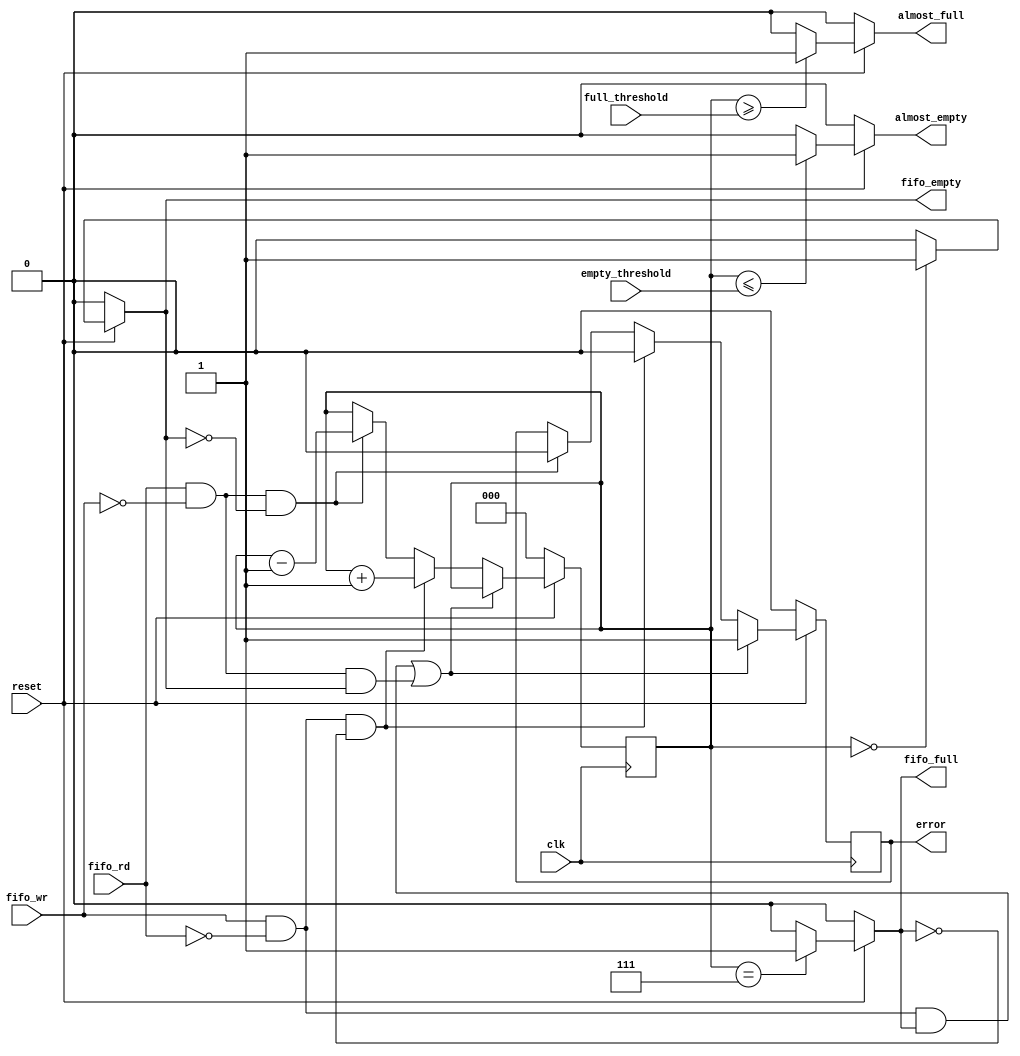
/*Proyecto 2
Circuitos Digitales 2
Descripcion: modulo de control del fifo, indica si la memoria esta casi llena o vacia y entrega una senal de error en caso de rebase*/

//Modulo de control
module control_logic 
#(
    parameter MEM_SIZE = 8,   //Tamano de memoria
    parameter WORD_SIZE = 10,   //Cantidad de bits de una palabra
    parameter PTR = 3        //Cantidad de bits para representar el numero de celdas de memoria en binario
)
(
    input [PTR-1:0] full_threshold,  //Umbral para indicar cuando esta casi lleno
    input [PTR-1:0] empty_threshold, //Umbral para indicar cuando esta casi vacio
    input fifo_rd,                    //Senal para permitir lectura
    input fifo_wr,                    //Senal para permitir escritura
    input clk,                        
    input reset,                       
    output reg error,               // Senal de error para indicar rebase o lectura vacia
    output reg almost_empty,        // Bandera de warning cuando la memoria esta casi vacia
    output reg almost_full,         //Bandera de warning cuando la memoria esta casi llena
    output reg fifo_full,            //Bandera de memoria llena
    output reg fifo_empty);         //Bandera de memoria vacia

//Contador interno de celdas llenas 
reg [PTR-1:0] counter;

always @(*) begin
    if (reset) begin
        //Se realiza el control de la senal de almost_full, en el caso que hayan mas 
        //datos almacenados en memoria que lo que indica el umbral
        if (counter >= full_threshold) begin
            almost_full <= 1;       //Poner en alto la bandera de casi lleno si el contador es igual o mayor
        end 
        else begin
            almost_full <= 0;       //Si el contador es menor que umbral, no enceder la bandera
        end
        //Se realiza el control para el caso que hayan menos datos almacenados en memoria
        //que los indicados por el umbral de vacio
        if (counter <= empty_threshold) begin
            almost_empty <= 1;      //Si el contador es menor que el umbral de vacio, poner la bandera alto
        end 
        else begin
            almost_empty <= 0;      //Si el contador es mayor que el umbral de vacio, poner la bandera en bajo
        end
    end
    else begin
        almost_empty <= 0;          //Valores default
        almost_full <= 0;
    end
end


always @ (posedge clk) begin
    if (!reset) begin           // Valores default
        counter <= 0;
        error <= 0;
    end 
    else begin                   
        //En esta etapa se realiza el control del error, asi como del contador que administra 
        //la cantidad de datos almacenados en memoria. Ademas se lleva el control de las senales 
        //de memoria llena o memoria vacia.
        if ((fifo_wr && ~fifo_rd && fifo_full) || (fifo_rd && ~fifo_wr && fifo_empty)) begin        //condiciones
            error <= 1;             //Poner el error en alto si hay rebase de la memoria
        end
        
        else if (fifo_wr && ~fifo_rd && ~fifo_full) begin
            counter <= counter + 1;         //Aumentar el contador si cabe el dato a escribir
            error <= 0;                     //Mantener el error en bajo
        end
        
        else if (fifo_rd && ~fifo_wr && ~fifo_empty) begin
            counter <= counter - 1;         //Reducir el contador si hay datos para leer.
            error <= 0;                     //Mantener el error en bajo
        end 
    end
end

always @(*) begin
    if (reset) begin
        if (counter == MEM_SIZE-1) begin
            fifo_full <= 1;             //Poner en alto la bandera de senal de lleno cuando el contador llegue al tamano de la memoria
        end 
        else begin
            fifo_full <= 0;             //Poner la senal en bajo si no esta lleno
        end
        
        if (counter == 0) begin
            fifo_empty <= 1;            //Si el contador es cero, poner en alto la bandera de vacio
        end
        else begin
            fifo_empty <= 0;            //Poner la senal en bajo si no esta vacio
        end    
    end
    else begin
        fifo_full <= 0;             //Valores default
        fifo_empty <= 0;
    end


end

endmodule